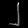
Digit: ၂